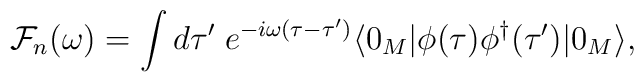
{\cal F}_n(\omega)=\int d\tau'\;e^{-i\omega(\tau-\tau')}  \langle0_M|\phi(\tau)\phi^\dagger(\tau')|0_M\rangle,